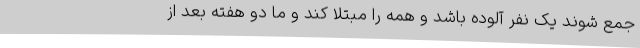
جمع شوند یک نفر آلوده باشد و همه را مبتلا کند و ما دو هفته بعد از